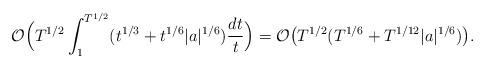
LaTeX: \begin{align*}\mathcal{O}\Big(T^{1/2}\int_{1}^{T^{1/2}}(t^{1/3}+t^{1/6} |a|^{1/6})\frac{dt}{t}\Big)=\mathcal{O}\big(T^{1/2} (T^{1/6}+ T^{1/12}|a|^{1/6})\big).\end{align*}